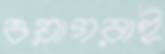
ওয়াগরাই